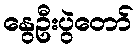
နွေဦးပွဲတော်